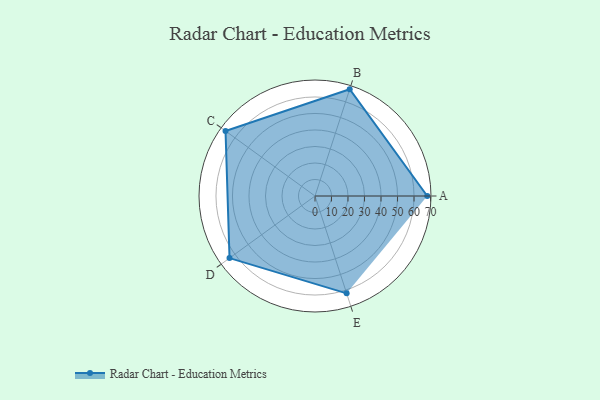
{"axis": {"x": "Skill", "y": "Score"}, "legend": ["Profile"], "data": [{"x": "A", "y": 68.0, "type": "Profile"}, {"x": "B", "y": 68.0, "type": "Profile"}, {"x": "C", "y": 67.0, "type": "Profile"}, {"x": "D", "y": 64.0, "type": "Profile"}, {"x": "E", "y": 62.0, "type": "Profile"}]}